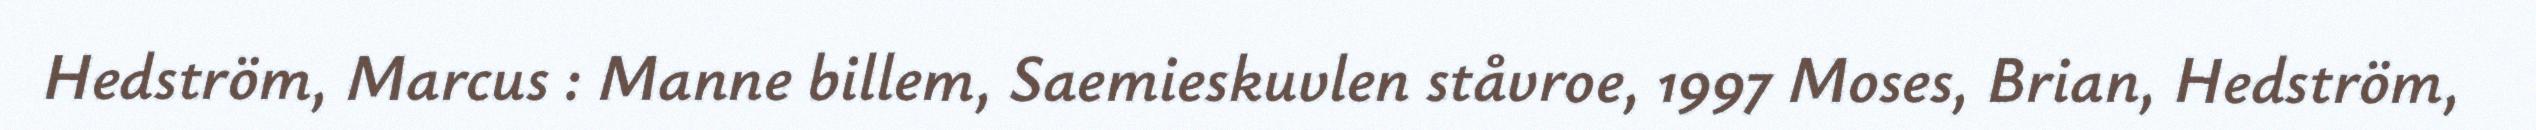
Hedström, Marcus : Manne billem, Saemieskuvlen ståvroe, 1997 Moses, Brian, Hedström,